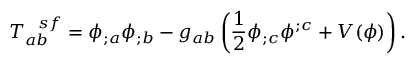
T _ { a b } ^ { \ \ s f } = \phi _ { ; a } \phi _ { ; b } - g _ { a b } \left( \frac { 1 } { 2 } \phi _ { ; c } \phi ^ { ; c } + V ( \phi ) \right) .